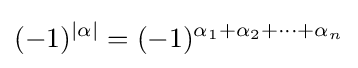
(-1)^{|\alpha |}=(-1)^{\alpha _{1}+\alpha _{2}+\cdots +\alpha _{n}}